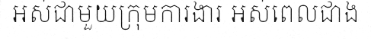
អស់ជាមួយក្រុមការងារ អស់ពេលជាង